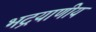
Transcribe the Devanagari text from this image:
भद्रयाणीय